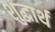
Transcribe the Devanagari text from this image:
शुद्धार्थ